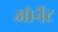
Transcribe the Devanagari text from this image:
ओर्नेट